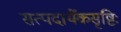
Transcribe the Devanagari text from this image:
सत्पदार्थैकसृष्टिः